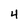
Character: 4